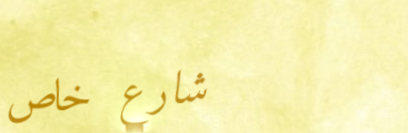
شارع خاص